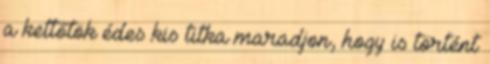
a kettőtök édes kis titka maradjon, hogy is történt